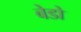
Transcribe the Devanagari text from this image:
बेडो